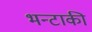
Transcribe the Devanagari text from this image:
भन्टाकी